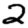
Digit: 2